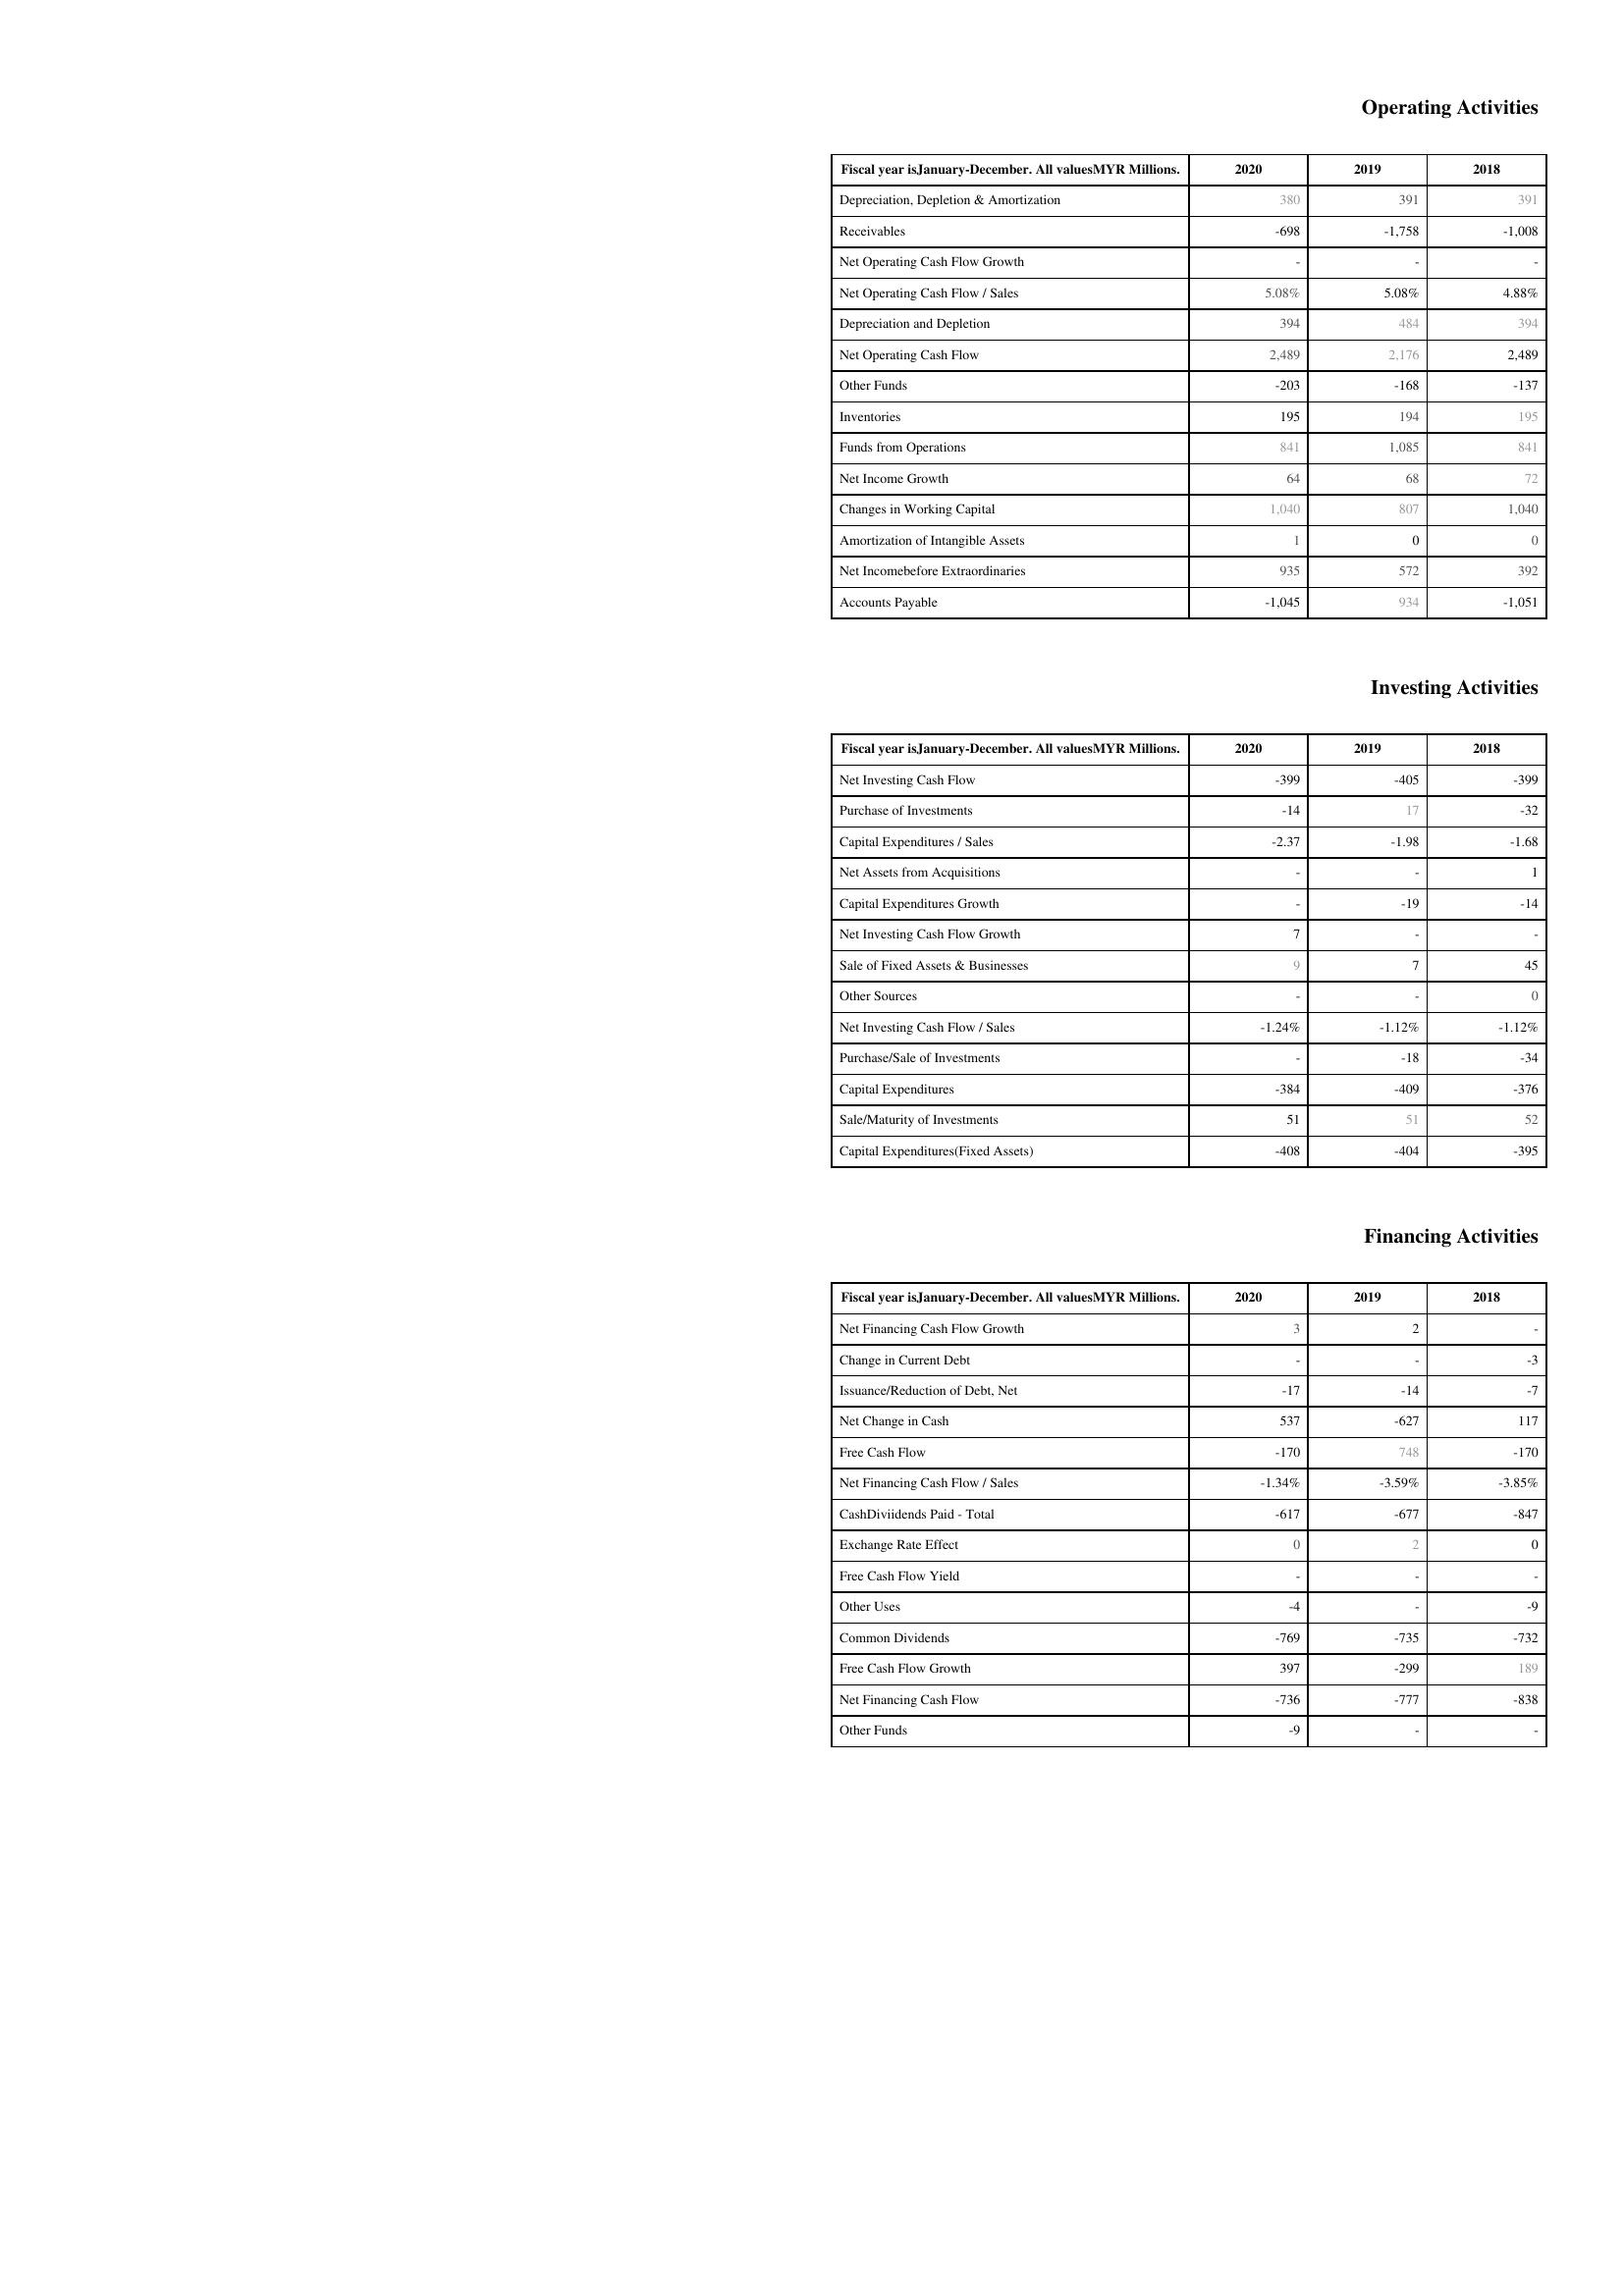
2020: Operating Activities: Depreciation, Depletion & Amortization: 380
Receivables: -698
Net Operating Cash Flow Growth: -
Net Operating Cash Flow / Sales: 5.08%
Depreciation and Depletion: 394
Net Operating Cash Flow: 2,489
Other Funds: -203
Inventories: 195
Funds from Operations: 841
Net Income Growth: 64
Changes in Working Capital: 1,040
Amortization of Intangible Assets: 1
Net Incomebefore Extraordinaries: 935
Accounts Payable: -1,045
Investing Activities: Net Investing Cash Flow: -399
Purchase of Investments: -14
Capital Expenditures / Sales: -2.37
Net Assets from Acquisitions: -
Capital Expenditures Growth: -
Net Investing Cash Flow Growth: 7
Sale of Fixed Assets & Businesses: 9
Other Sources: -
Net Investing Cash Flow / Sales: -1.24%
Purchase/Sale of Investments: -
Capital Expenditures: -384
Sale/Maturity of Investments: 51
Capital Expenditures(Fixed Assets): -408
Financing Activities: Net Financing Cash Flow Growth: 3
Change in Current Debt: -
Issuance/Reduction of Debt, Net: -17
Net Change in Cash: 537
Free Cash Flow: -170
Net Financing Cash Flow / Sales: -1.34%
CashDiviidends Paid - Total: -617
Exchange Rate Effect: 0
Free Cash Flow Yield: -
Other Uses: -4
Common Dividends: -769
Free Cash Flow Growth: 397
Net Financing Cash Flow: -736
Other Funds: -9
2019: Operating Activities: Depreciation, Depletion & Amortization: 391
Receivables: -1,758
Net Operating Cash Flow Growth: -
Net Operating Cash Flow / Sales: 5.08%
Depreciation and Depletion: 484
Net Operating Cash Flow: 2,176
Other Funds: -168
Inventories: 194
Funds from Operations: 1,085
Net Income Growth: 68
Changes in Working Capital: 807
Amortization of Intangible Assets: 0
Net Incomebefore Extraordinaries: 572
Accounts Payable: 934
Investing Activities: Net Investing Cash Flow: -405
Purchase of Investments: 17
Capital Expenditures / Sales: -1.98
Net Assets from Acquisitions: -
Capital Expenditures Growth: -19
Net Investing Cash Flow Growth: -
Sale of Fixed Assets & Businesses: 7
Other Sources: -
Net Investing Cash Flow / Sales: -1.12%
Purchase/Sale of Investments: -18
Capital Expenditures: -409
Sale/Maturity of Investments: 51
Capital Expenditures(Fixed Assets): -404
Financing Activities: Net Financing Cash Flow Growth: 2
Change in Current Debt: -
Issuance/Reduction of Debt, Net: -14
Net Change in Cash: -627
Free Cash Flow: 748
Net Financing Cash Flow / Sales: -3.59%
CashDiviidends Paid - Total: -677
Exchange Rate Effect: 2
Free Cash Flow Yield: -
Other Uses: -
Common Dividends: -735
Free Cash Flow Growth: -299
Net Financing Cash Flow: -777
Other Funds: -
2018: Operating Activities: Depreciation, Depletion & Amortization: 391
Receivables: -1,008
Net Operating Cash Flow Growth: -
Net Operating Cash Flow / Sales: 4.88%
Depreciation and Depletion: 394
Net Operating Cash Flow: 2,489
Other Funds: -137
Inventories: 195
Funds from Operations: 841
Net Income Growth: 72
Changes in Working Capital: 1,040
Amortization of Intangible Assets: 0
Net Incomebefore Extraordinaries: 392
Accounts Payable: -1,051
Investing Activities: Net Investing Cash Flow: -399
Purchase of Investments: -32
Capital Expenditures / Sales: -1.68
Net Assets from Acquisitions: 1
Capital Expenditures Growth: -14
Net Investing Cash Flow Growth: -
Sale of Fixed Assets & Businesses: 45
Other Sources: 0
Net Investing Cash Flow / Sales: -1.12%
Purchase/Sale of Investments: -34
Capital Expenditures: -376
Sale/Maturity of Investments: 52
Capital Expenditures(Fixed Assets): -395
Financing Activities: Net Financing Cash Flow Growth: -
Change in Current Debt: -3
Issuance/Reduction of Debt, Net: -7
Net Change in Cash: 117
Free Cash Flow: -170
Net Financing Cash Flow / Sales: -3.85%
CashDiviidends Paid - Total: -847
Exchange Rate Effect: 0
Free Cash Flow Yield: -
Other Uses: -9
Common Dividends: -732
Free Cash Flow Growth: 189
Net Financing Cash Flow: -838
Other Funds: -